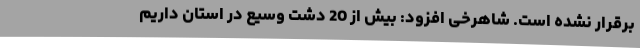
برقرار نشده‌ است. شاهرخی افزود: بیش از 20 دشت وسیع در استان داریم